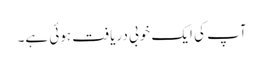
آپ کی ایک خوبی دریافت ہوئی ہے۔